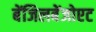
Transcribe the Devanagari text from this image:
बेंजिलबेंजोएट